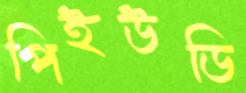
পিইউডি